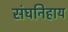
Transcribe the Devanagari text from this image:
संघनिहाय